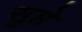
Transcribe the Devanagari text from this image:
सुप्ते